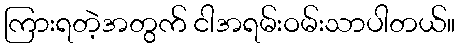
ကြားရတဲ့အတွက် ငါအရမ်းဝမ်းသာပါတယ်။